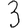
Digit: 3